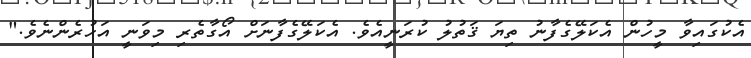
އެކުގައިވާ މީހުން އެކަލޭގެފާނު ތިޔަ ޤަތުލު ކުރަނީއެވެ. އެކަލޭގެފާނަށް އޯގާތެރި މިވަނީ އަހުރެންނެވެ."